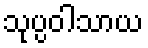
သုပ္ပဝါသာယ